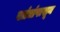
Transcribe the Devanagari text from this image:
खांद्यांपासून